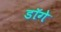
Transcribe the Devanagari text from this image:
डॉगे